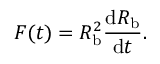
F ( t ) = R _ { \mathrm { b } } ^ { 2 } \frac { \mathrm d R _ { \mathrm { b } } } { \mathrm d t } .